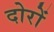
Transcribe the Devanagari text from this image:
दोरों